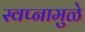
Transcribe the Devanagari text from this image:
स्वप्नामुळे